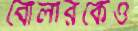
বোলারকেও